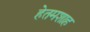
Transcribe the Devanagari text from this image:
हेतमशाह